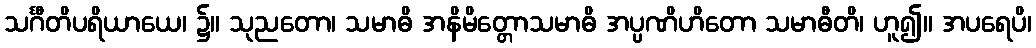
သင်္ဂီတိပရိယာယေ၊ ၌။ သုညတော၊ သမာဓိ အနိမိတ္တောသမာဓိ အပ္ပဏိဟိတော သမာဓီတိ၊ ဟူ၍။ အပရေပိ၊